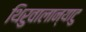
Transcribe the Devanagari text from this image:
थिरुवालान्याटु